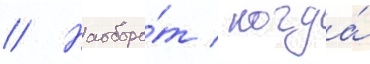
// Наоборо́т / когда́